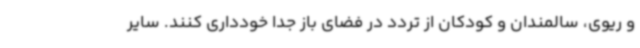
و ریوی، سالمندان و کودکان از تردد در فضای باز جدا خودداری کنند. سایر